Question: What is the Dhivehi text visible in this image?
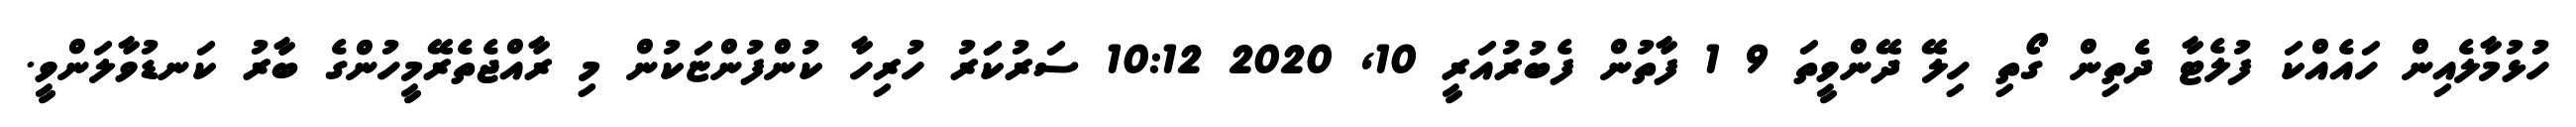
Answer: ހުޅުމާލެއިން ހައެއްކަ ފުލެޓާ ދެތިން ގޯތި ހިލޭ ދޭންވީތަ 9 1 ފާތުން ފެބުރުއަރީ 10, 2020 10:12 ސަރުކަަރު ހުރިހާ ކުންފުންޏަކުން މި ރާއްޖެތެރޭމީހުންގެ ބާރު ކަނޑުވާލަންވީ.